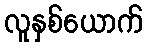
လူနှစ်ယောက်